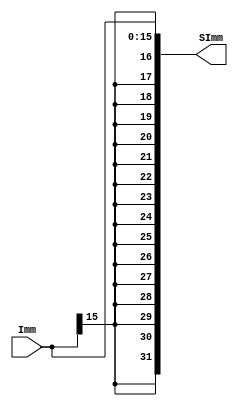
`timescale 1ns / 1ps
//////////////////////////////////////////////////////////////////////////////////
// Company: 
// Engineer: 
// 
// Design Name: 
// Module Name: SExt
// Project Name: 
// Target Devices: 
// Tool Versions: 
// Description: 
// 
// Dependencies: 
// 
// Revision:
// Revision 0.01 - File Created
// Additional Comments:
// 
//////////////////////////////////////////////////////////////////////////////////
//SignExtend #(.inw(16), .outw(32)) SExt (.Imm(Imm), .SImm(SImm));

module SignExtend#(parameter inw = 16, outw = 32)(
input signed [inw - 1:0] Imm,
output signed [outw - 1:0] SImm
    );
    assign SImm = {{(outw-inw){Imm[inw - 1]}}, Imm[inw - 1:0]};
endmodule